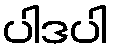
ပါဒပါ